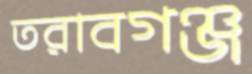
তরাবগঞ্জ